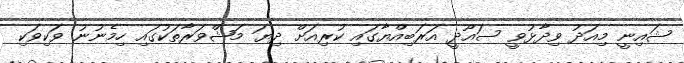
ޝައިނީ މިއަދު ވިދާޅުވީ ސައޫދީ އަރަބިއްޔާގައި ކުރިއަށް ދިޔަ މަޝްވަރާތަކުގައި ހިމެނުނު ވަކިވަކި